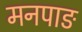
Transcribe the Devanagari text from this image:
मनपाङ